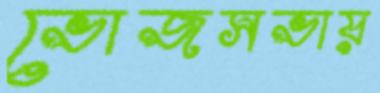
ভোজসভায়